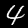
Label: 4